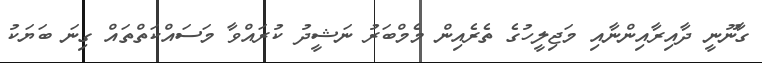
ގާނޫނީ ދާއިރާއިންނާއި މަޖިލީހުގެ ތެރެއިން މެމްބަރު ނަޝީދު ކުރައްވާ މަސައްކަތްތައް ގިނަ ބަޔަކު